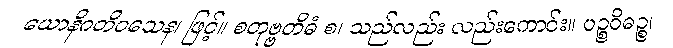
ယောနိဂတိဝသေန၊ ဖြင့်။ စတုဗ္ဗတိဓံ စ၊ သည်လည်း လည်းကောင်း။ ပဉ္စဝိဓဉ္စ၊